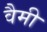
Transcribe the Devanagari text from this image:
वैमी